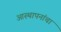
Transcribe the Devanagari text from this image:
आस्थापनांचा